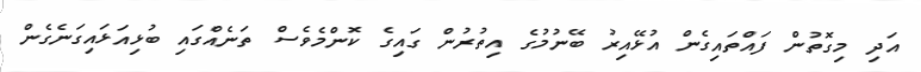
އަދި މިގޮތުން ފައްތައިގެން އުޅޭއިރު ބޭނުމުގެ އިތުރުން ގައިގެ ކޮންމެވެސް ތަނެއްގައި ބުޅިއަޅައިގަނެގެން